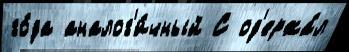
го́да аналог'и́чный С од'ержа́л